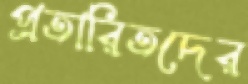
প্রতারিতদের